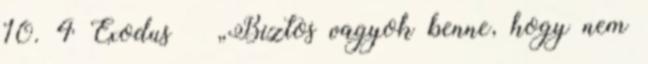
10. 4 Exodus – „Biztos vagyok benne, hogy nem